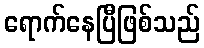
ရောက်နေပြီဖြစ်သည်